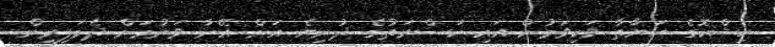
ހިޝްކޮގެ ހަޔާތާ ވަކިވަމުން އައި ކަސްރަތުގެ ދުނިޔެ އަށް އޭނާ ވަނުމަށް ދެމަފިރިން